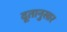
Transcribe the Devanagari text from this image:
दूतानुसार